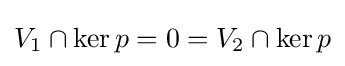
V_{1}\cap \operatorname {ker} p=0=V_{2}\cap \operatorname {ker} p